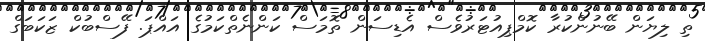
ތި ލިޔަން ބޭނުންކުރާ ކޮމްޕިއުޓަރުވެސް އެޑިސަން ތޮމަސް ކަންނެތްކަމުގެ އައްޕަ. ފޭސްބުކް ޒަކަބަގް